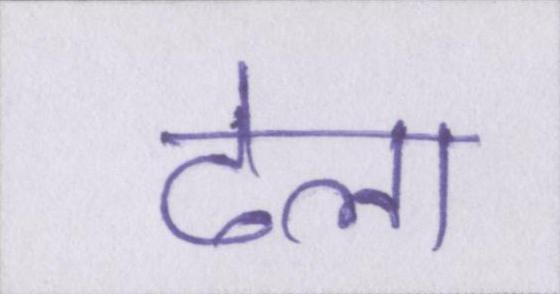
ढेला